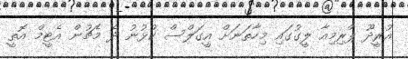
އުރީދޫ ޕްރިމިއާ ލީގުގައި މިހާތަނަށް އީގަލްސް ކުޅުނު ދެ މެޗުން އެޓީމް އޮތީ